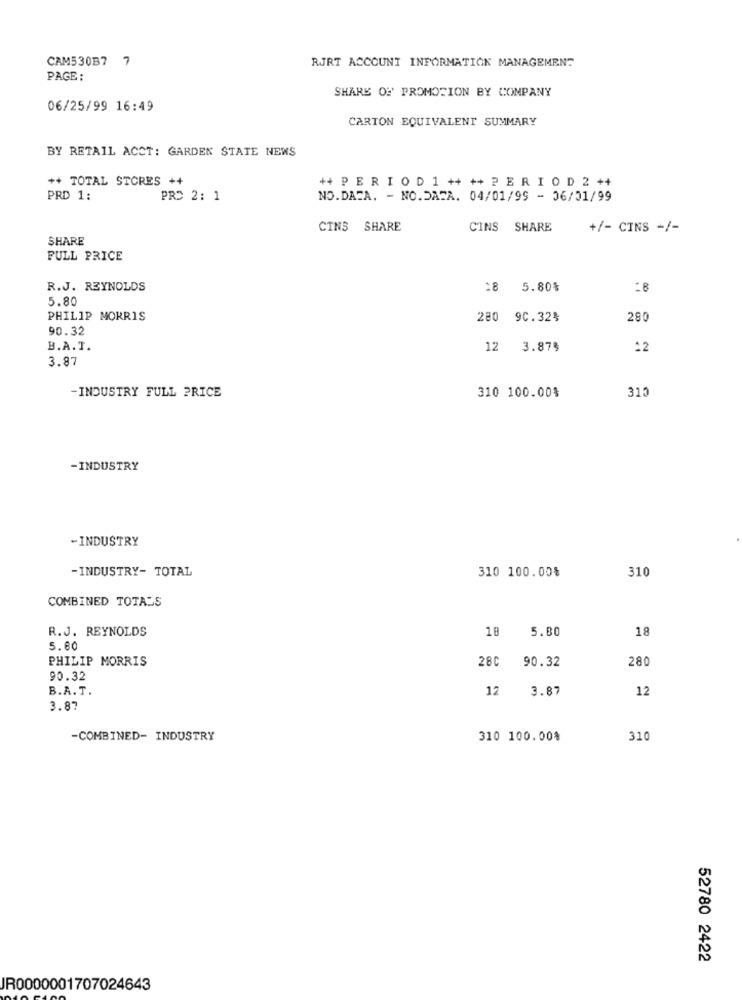
CAM530B7 7
RJRT ACCOUNT INFORMATION MANAGEMENT
PAGE:
SHARE OF PROMOTION BY COMPANY
06/25/99 16:49
CARTON EQUIVALENT SUMMARY
BY RETAIL ACCT: GARDEN STATE NEWS
++ TOTAL STORES ++
++ PER I O D 1 ++ ++ P E R I O D 2 ++
PRD 1:
PRC 2: 1
NO.DACA. - NO.DACA. 04/01/99 - 06/01/99
CINS SHARE
CINS SHARE
+/- CINS -/-
SHARE
FULL PRICE
R.J. REYNOLDS
18
5.80%
18
5.80
PHILIP MORRIS
280
9C.32%
280
90.32
B.A.T.
12
3.878
12
3.87
-INDUSTRY FULL PRICE
310 100.00%
310
-INDUSTRY
-INDUSTRY
- INDUSTRY- TOTAL
310 100.00%
310
COMBINED TOTALS
R.J. REYNOLDS
18
5.80
18
5.60
PHILIP MORRIS
28C
90.32
280
90.32
B.A. T.
12
3.87
12
3.87
-COMBINED- INDUSTRY
310 100.00%
310
52780 2422
JR0000001707024643